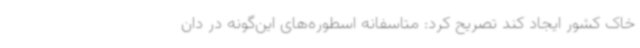
خاک کشور ایجاد کند تصریح کرد: متاسفانه اسطوره‌های این‌گونه در دان